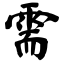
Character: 需